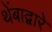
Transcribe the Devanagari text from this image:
थेंबाद्वारे